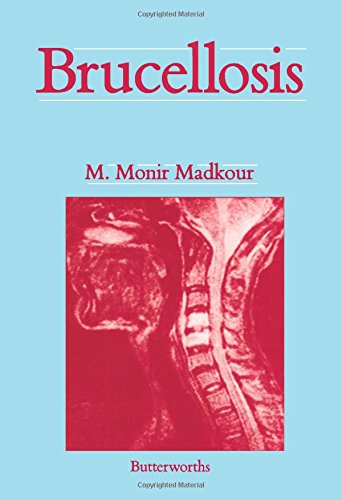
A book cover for Brucellosis; M. Monir Madkour; Medical Books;